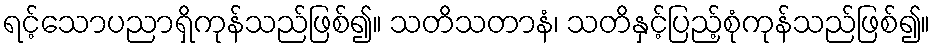
ရင့်သောပညာရှိကုန်သည်ဖြစ်၍။ သတိသတာနံ၊ သတိနှင့်ပြည့်စုံကုန်သည်ဖြစ်၍။